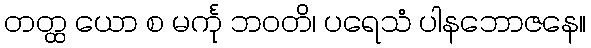
တတ္ထ ယော စ မင်္ကု ဘဝတိ၊ ပရေသံ ပါနဘောဇနေ။